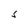
Character: S